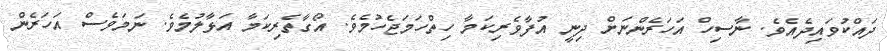
ދައްކުވައިދެއެވެ. ނާސިހް އަހަރެންނަށް ދިނީ އުފާވެރިކަމާ ހިތްހަމަޖެހުމެވެ. އޯގާތެރިކަމާ އަޅާލުމެވެ. ނަމަވެސް އަހަރެން